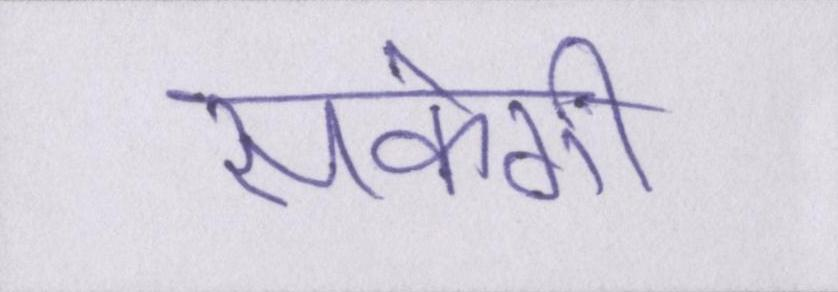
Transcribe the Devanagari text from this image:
सकेगी।